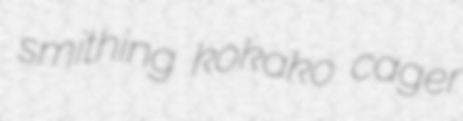
smithing kokako cager